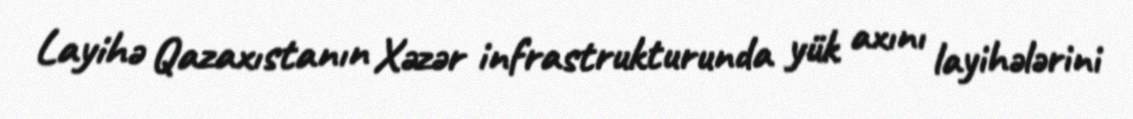
Layihə Qazaxıstanın Xəzər infrastrukturunda yük axını layihələrini